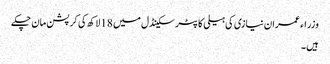
وزراء عمران نیازی کی ہیلی کاپٹر سکینڈل میں 18 لاکھ کی کرپشن مان چکے
ہیں ۔